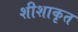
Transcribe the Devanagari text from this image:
शीशाकृत